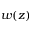
w ( z )